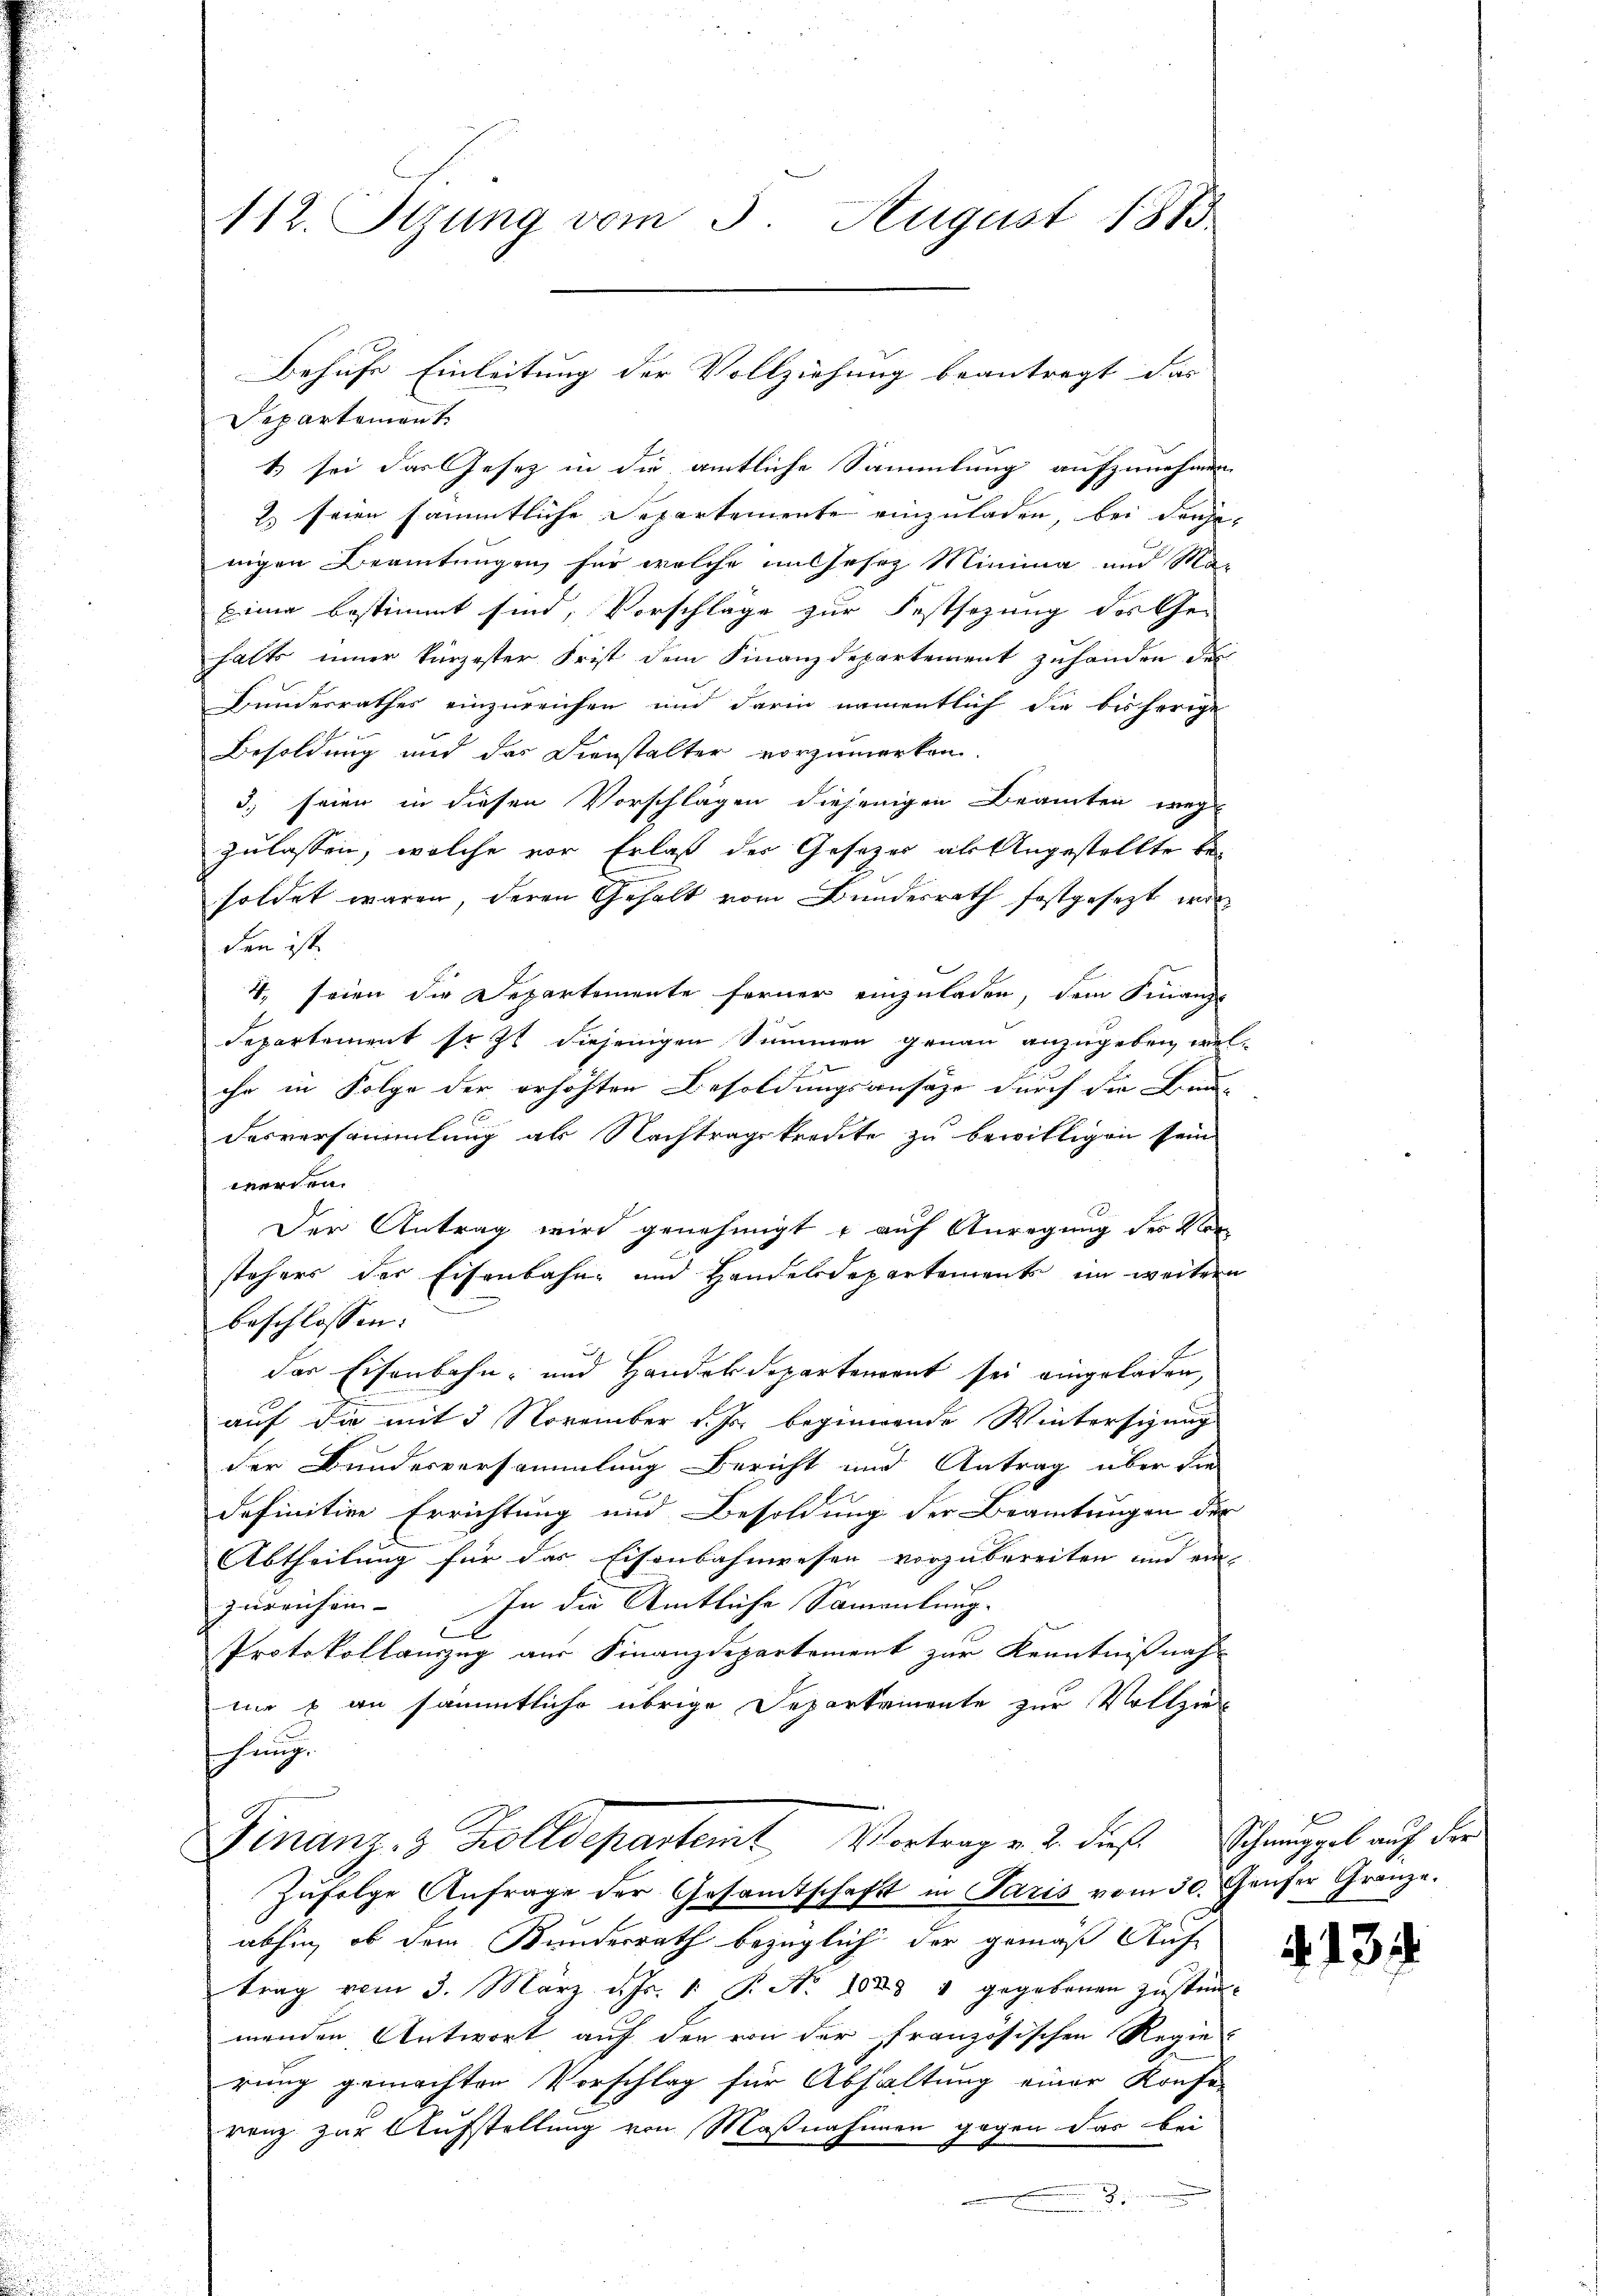
112. Stzung vom 3. August 1875

Repartement
1 sei das Gesetz in die amtliche Sammlung aufzunehmen
2) seien sämmtliche Departemente einzuladen, bei dieje
nigen Beamtungen für welche in Gesez Minima und Ma¬
Eine bestimmt sind, Vorschlage zur Festsezung des Ge-
halts iner kürzester Frist dem Finanzdepartement zuhanden der
Bundesrathes einzureichen und darin namentlich die bisherige
Besoldung und das Dienstalter vorzumerken.
3. seien in diesen Vorschlägen diejenigen Beamten weg
zulassen, welche vor Erlaß der Gesetzes als Angestellte besoldet waren, deren Gehalt vom Bundesrath festgesetzt wor
den ist.
4. seien die Departemente ferner einzuladen, dem Finanz-
departement soit diejenigen Summen genau anzugeben, welihr in Folge der erhöhten Besoldungsansätze durch die Bau-
Dasversammlung als Nachtragskreute zu bewilligen sein
werden.
Der Antrag wird genehmigt & auf Anregung des Vorstehers der Eisenbahn und Handelsdepartements im weitern
beschlossen:
der Eisenbahn- und Handelsdepartement sei eingeladen,
auf die mit 5 November d. Js. beginnende Wintersizung
der Bundesversammlung Bericht und Antrag über die
definitive Errichtung und Besoldung der Beamtungen der
Abtheilung für das Eisenbahnwesen vorzubereiten und ein-
zureichen. In die Amtliche Samentung.
Protokollauszug aus Finanzdepartement zur Kenntnißnah-
me & an sämmtliche übrige Departemente zur Vollzie
ihung.
Finanz. 3. Zolldepartemt, Vertrage u. dieß
Zŭfolge Anfrage der Gesamtschaft in Paris vom 30. Hauser Granze.
abhin, ob dem Bundesrath bezüglich der gemäß Auf
trag vom 3. März d. Js. 1. P. No 1088 & gegebenen Zŭstim
menden Antwort auf den von der französischen Regie
rung gemachten Vorschlag für Abhaltung einer Konfe-
renz zur Aufstellung von Maßnahmen gegen das bei

Behufe Einleitung der Vollziehung beantragt das

Schmuggel auf der

5

.13.